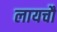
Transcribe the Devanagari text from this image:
लायचौ